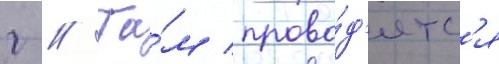
г // Та́м прово́д'ятс'я